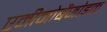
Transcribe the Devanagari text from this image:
एमीनोबैंजोइक